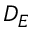
D _ { E }